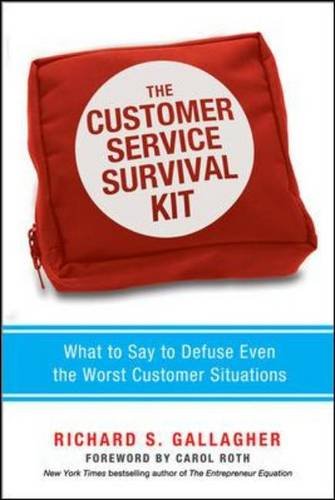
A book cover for The Customer Service Survival Kit: What to Say to Defuse Even the Worst Customer Situations; Richard S. Gallagher; Business & Money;